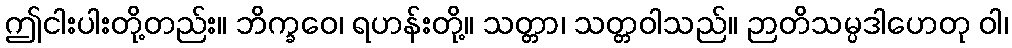
ဤငါးပါးတို့တည်း။ ဘိက္ခဝေ၊ ရဟန်းတို့။ သတ္တာ၊ သတ္တဝါသည်။ ဉာတိသမ္ပဒါဟေတု ဝါ၊